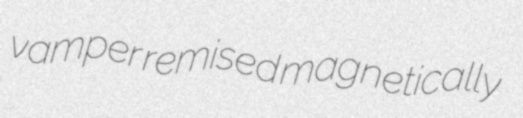
vamper remised magnetically